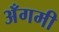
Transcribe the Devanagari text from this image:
अँगमी